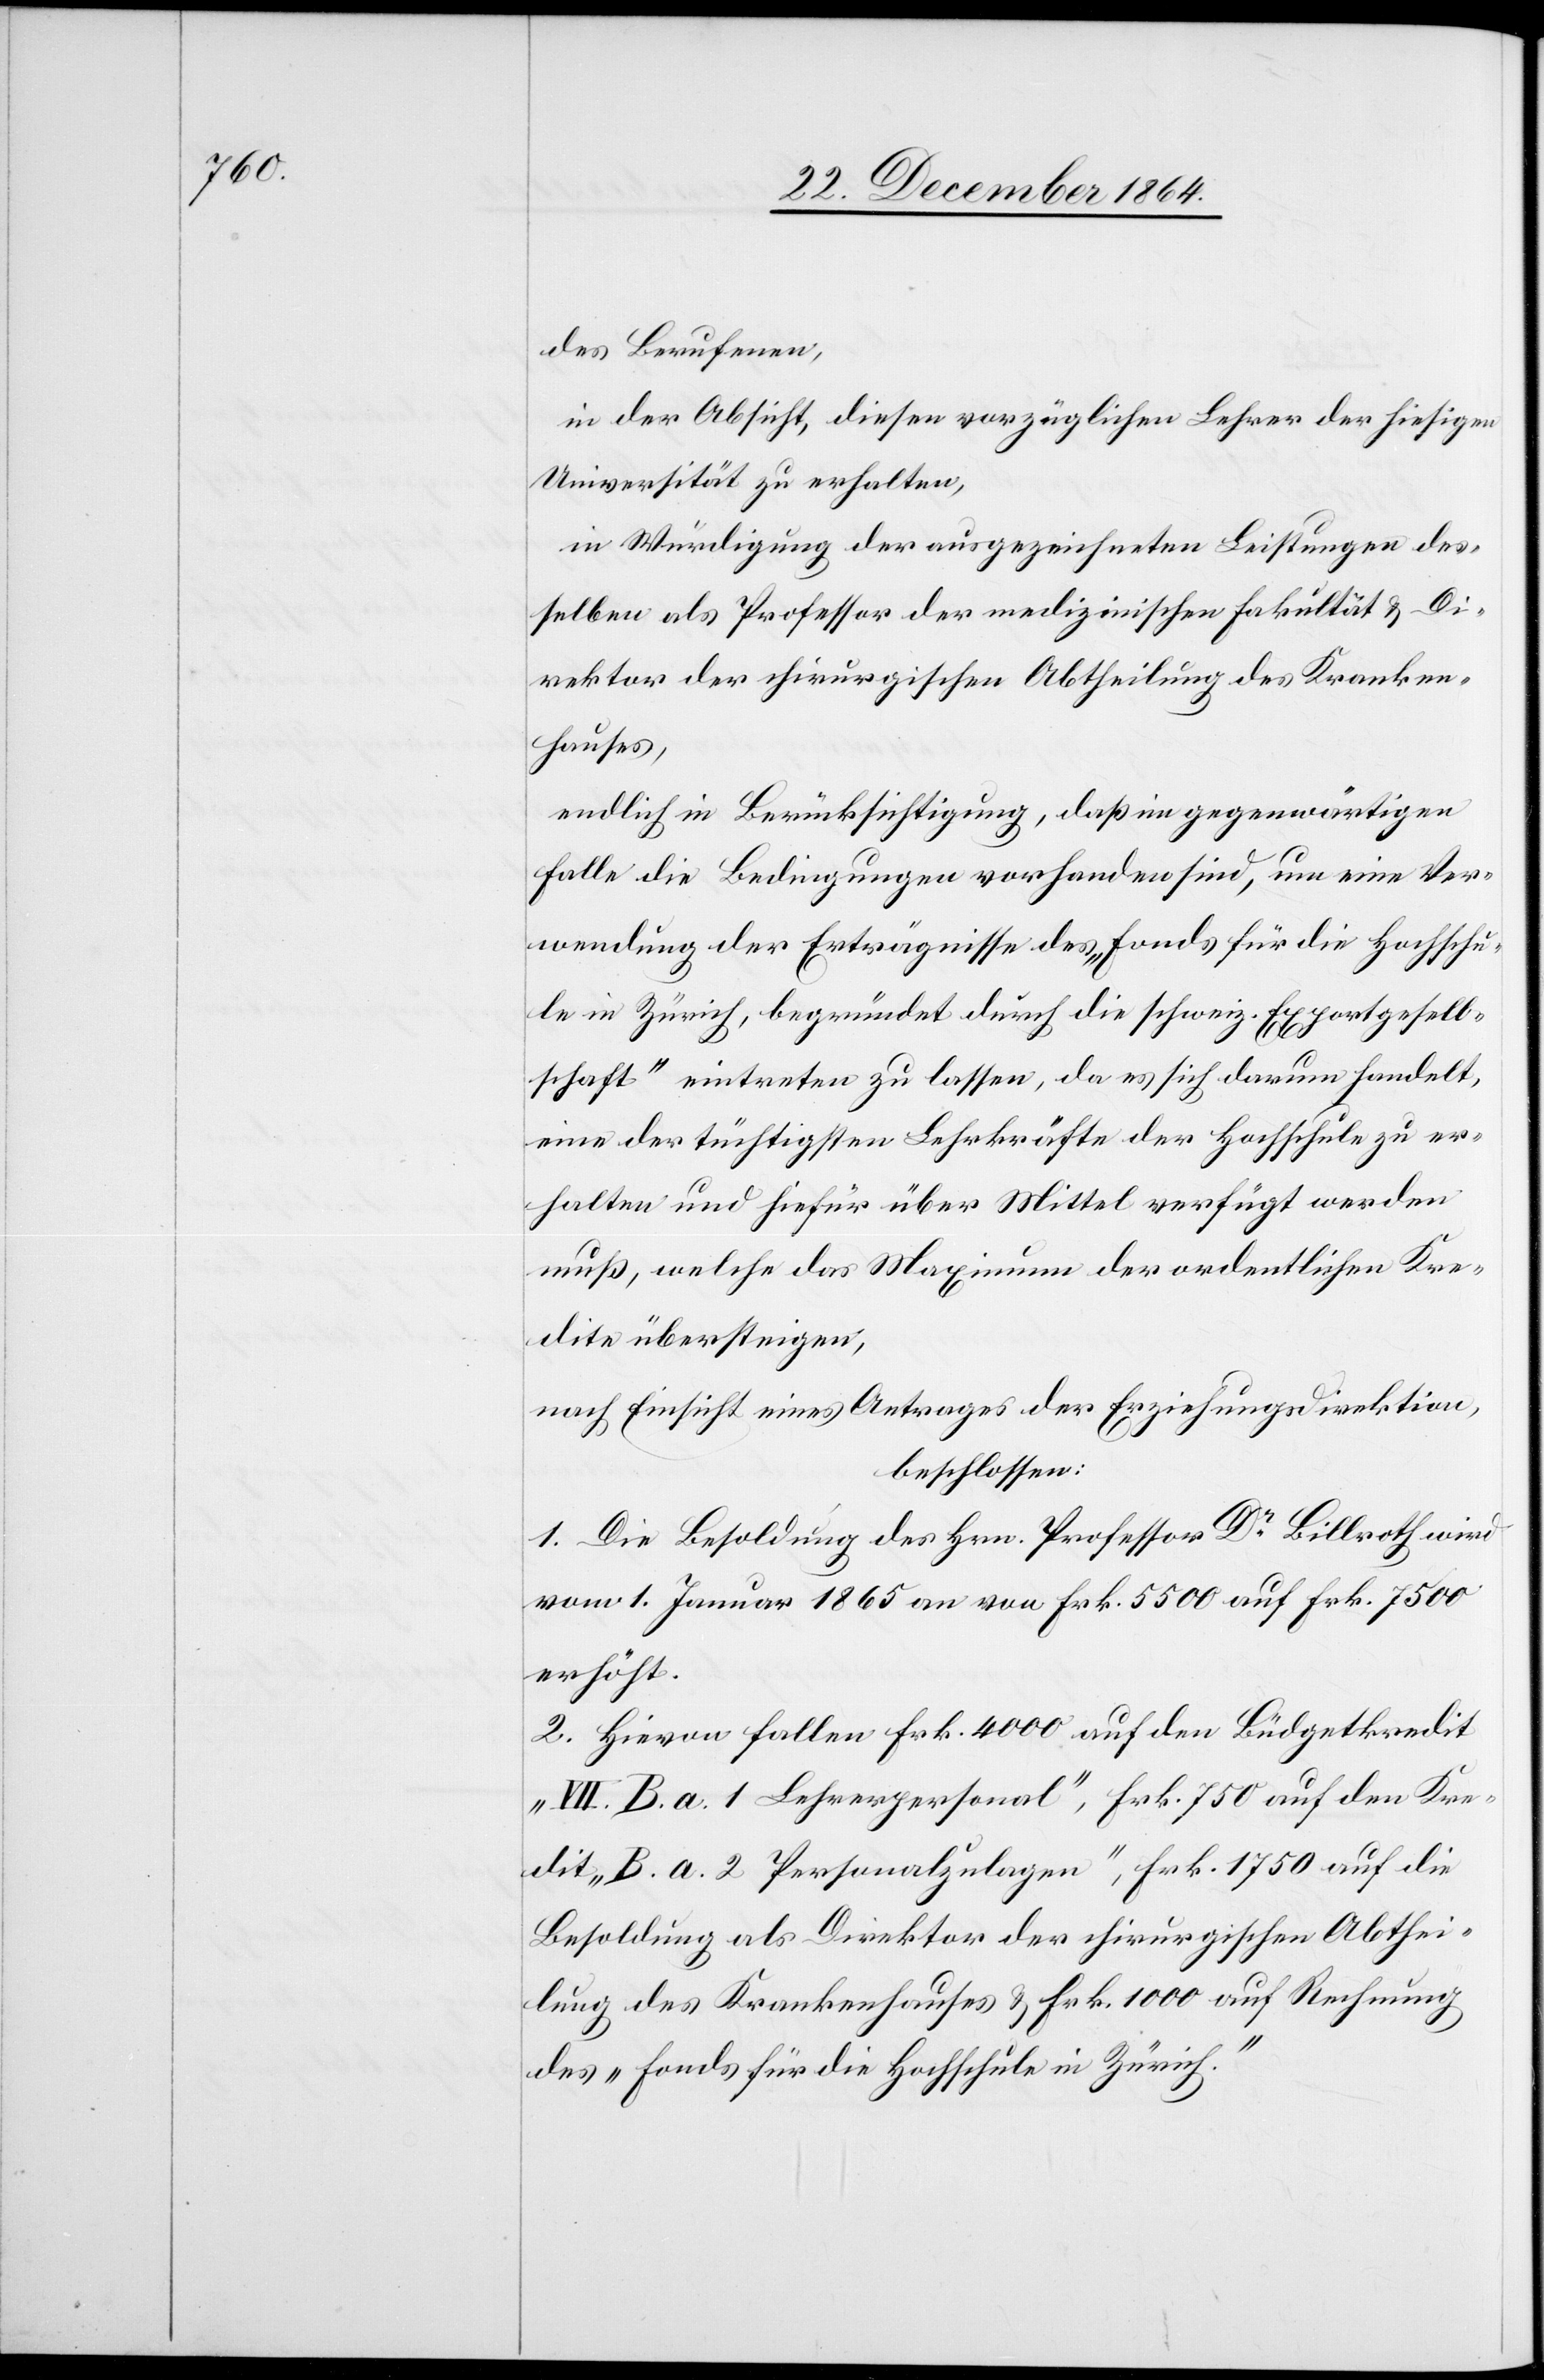
des Berufenen,
in der Absicht, diesen vorzüglichen Lehrer der hiesigen
Universität zu erhalten,
in Würdigung der ausgezeichneten Leistungen des¬
selben als Professor der medizinischen Fakultät & Di¬
rektor der chirurgischen Abtheilung des Kranken¬
hauses,
endlich in Berücksichtigung, daß im gegenwärtigen
Falle die Bedingungen vorhanden sind, um eine Ver¬
wendung der Erträgnisse des „Fonds für die Hochschu¬
le in Zürich, begründet durch die schweiz. Exportgesell¬
schaft“ eintreten zu lassen, da es sich darum handelt,
eine der tüchtigsten Lehrkräfte der Hochschule zu er¬
halten und hiefür über Mittel verfügt werden
muß, welche das Maximum der ordentlichen Kre¬
dite übersteigen,
nach Einsicht eines Antrages der Erziehungsdirektion,
beschlossen:
1. Die Besoldung des Hrn. Professor Dr Billroth wird
vom 1. Januar 1865 an von Frk. 5 500 auf Frk. 7 500
erhöht.
2. Hievon fallen Frk. 4 000 auf den Büdgetkredit
„VII. B. a. 1 Lehrerpersonal“, Frk. 750 auf den Kre¬
dit „B. a. 2 Personalzulagen“, Frk. 1 750 auf die
Besoldung als Direktor der chirurgischen Abthei¬
lung des Krankenhauses & Frk. 1 000 auf Rechnung
des „Fonds für die Hochschule in Zürich.“